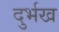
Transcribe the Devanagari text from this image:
दुर्भख